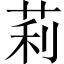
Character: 莉